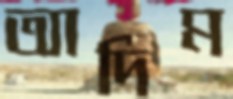
আদিম